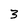
Character: 3